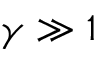
\gamma \gg 1